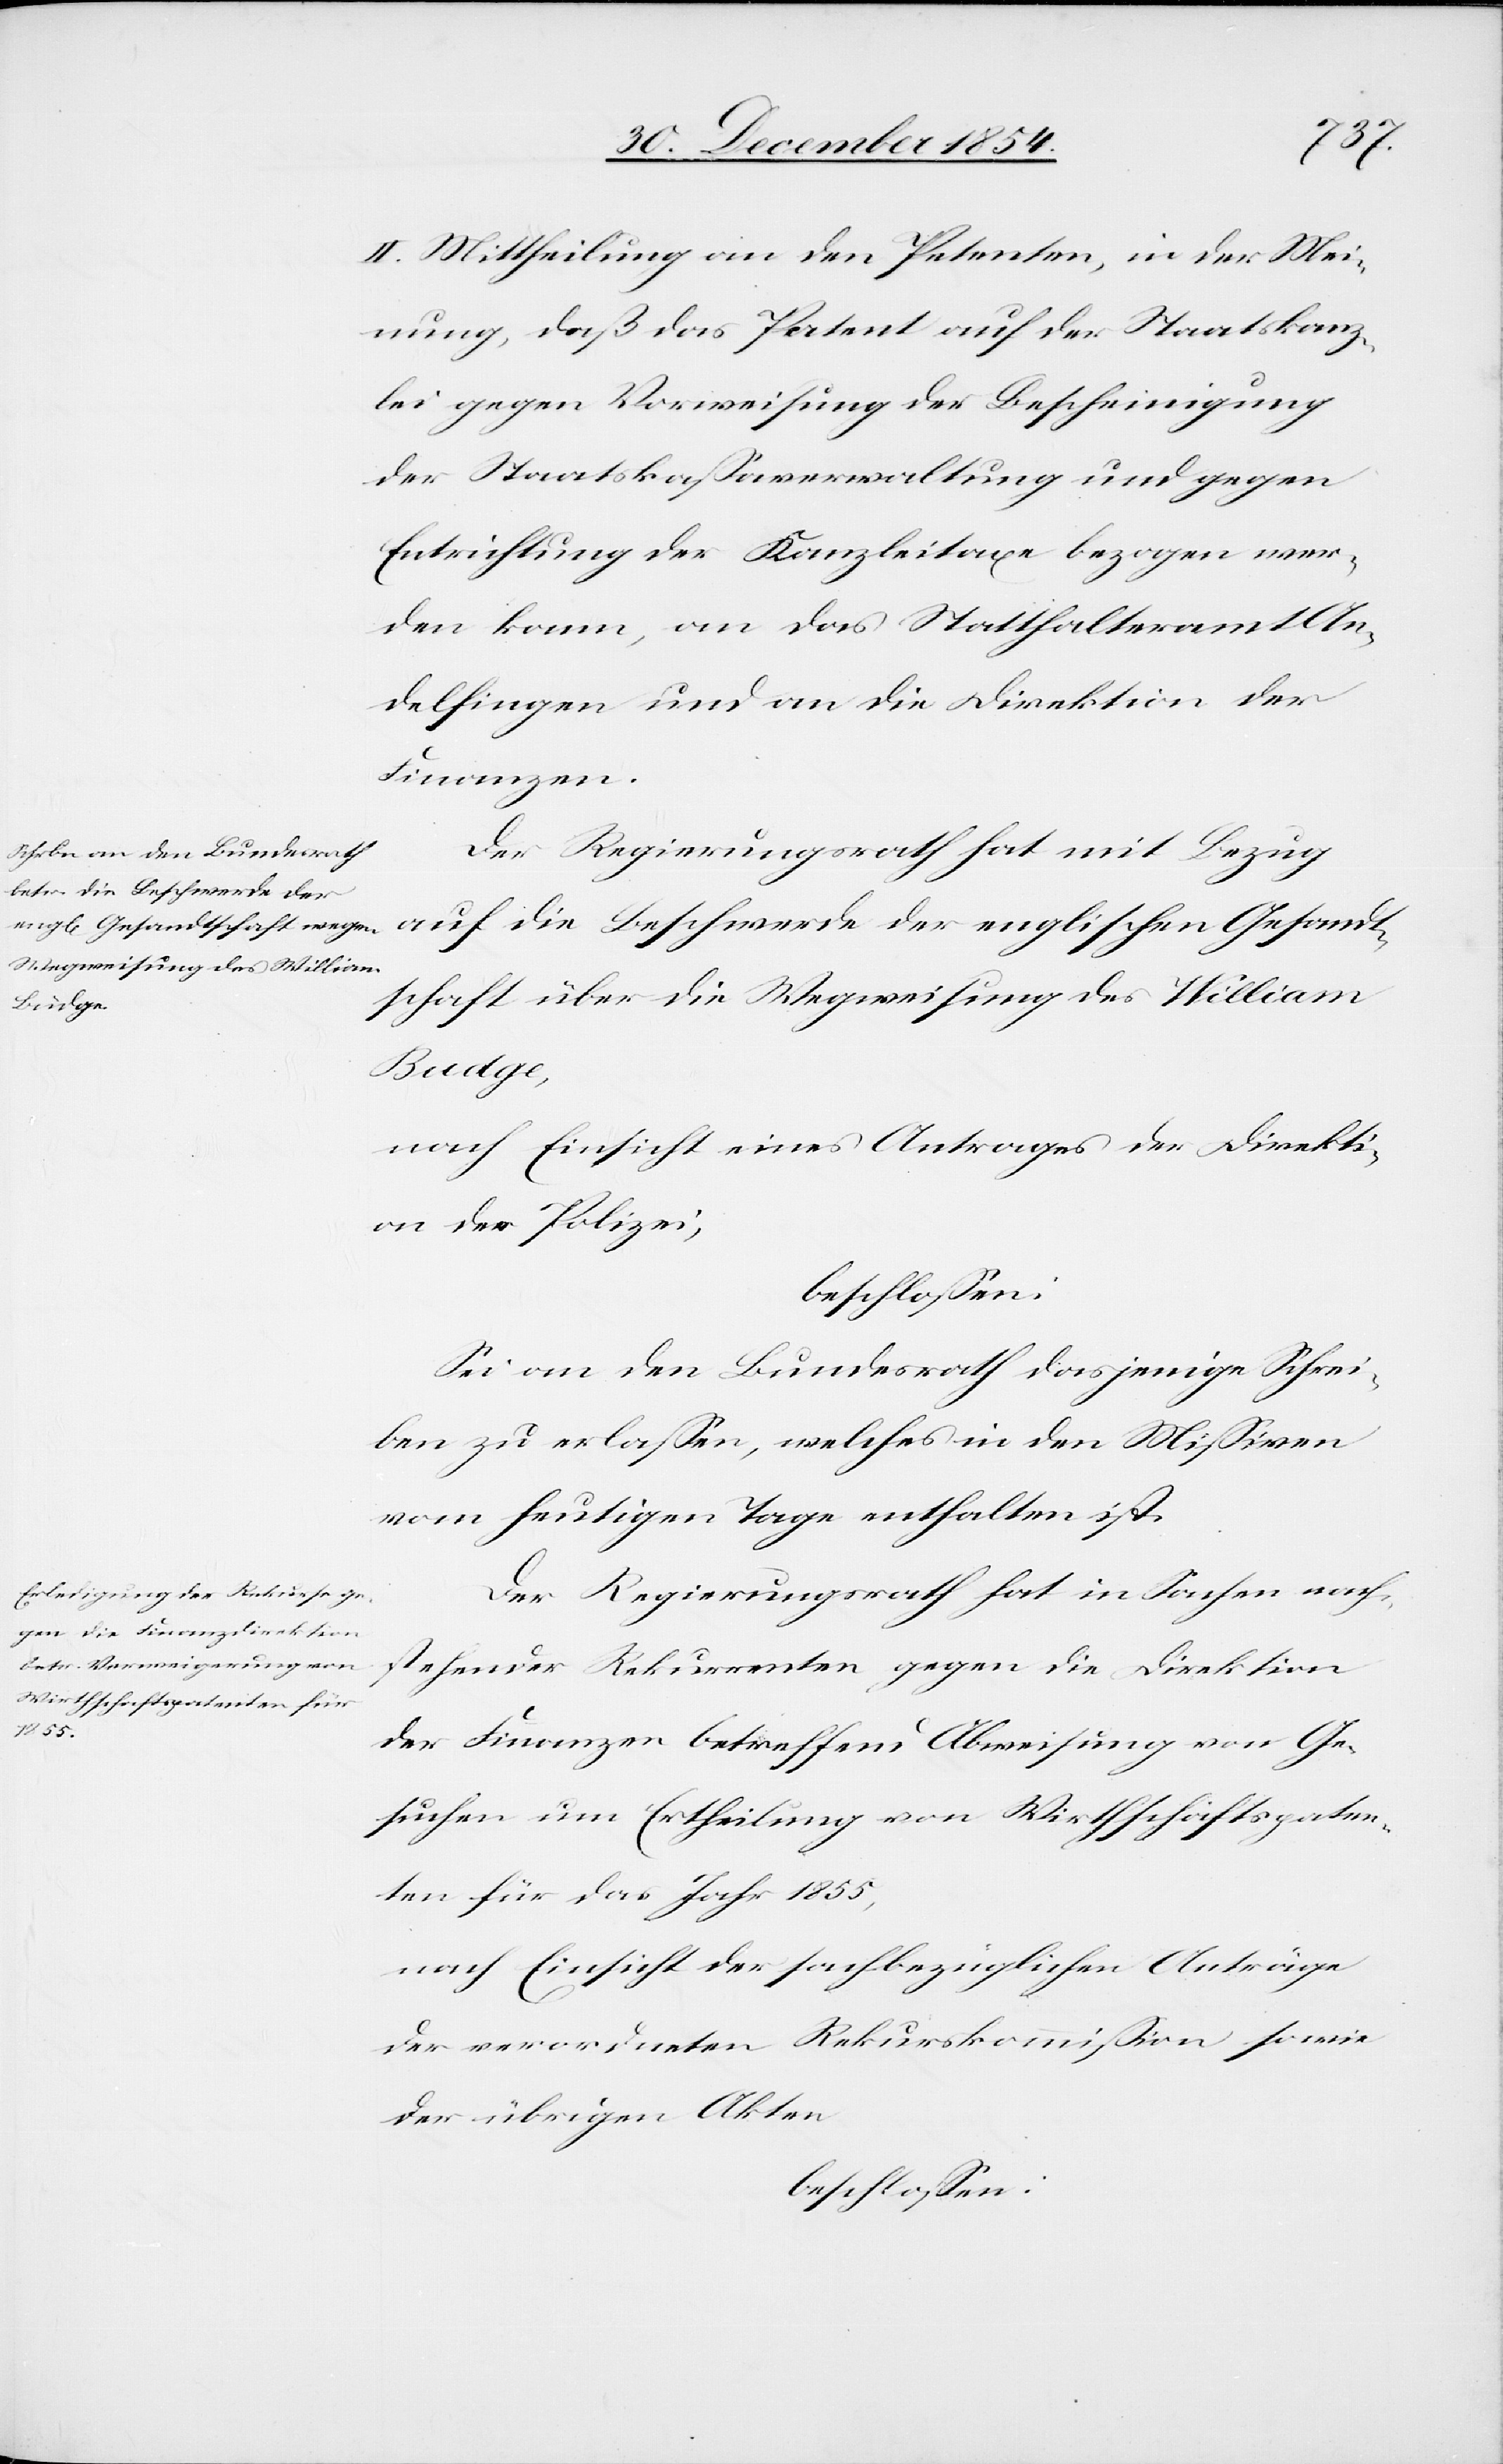
II. Mittheilung an den Petenten, in der Mei¬
nung, daß das Patent auf der Staatskanz¬
lei gegen Vorweisung der Bescheinigung
der Staatskaßaverwaltung und gegen
Entrichtung der Kanzleitaxe bezogen wer¬
den kann, an das Statthalteramt An¬
delfingen und an die Direktion der
Finanzen.
Der Regierungsrath hat mit Bezug
auf die Beschwerde der englischen Gesandt¬
schaft über die Wegweisung des William
Budge,
nach Einsicht eines Antrages der Direkti¬
on der Polizei;
beschloßen:
Sei an den Bundesrath dasjenige Schrei¬
ben zu erlaßen, welches in den Mißiven
vom heutigen Tage enthalten ist.
Der Regierungsrath hat in Sachen nach¬
stehender Rekurrenten gegen die Direktion
der Finanzen betreffend Abweisung von Ge¬
suchen um Ertheilung von Wirthschaftspaten¬
ten für das Jahr 1855,
nach Einsicht der sachbezüglichen Anträge
der verordneten Rekurskommißion sowie
der übrigen Akten
beschloßen: